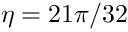
\eta = 2 1 \pi / 3 2